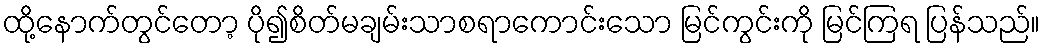
ထို့နောက်တွင်တော့ ပို၍စိတ်မချမ်းသာစရာကောင်းသော မြင်ကွင်းကို မြင်ကြရ ပြန်သည်။